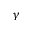
\gamma